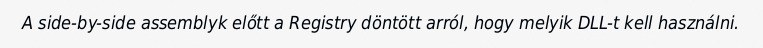
A side-by-side assemblyk előtt a Registry döntött arról, hogy melyik DLL-t kell használni.